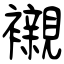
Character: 襯